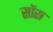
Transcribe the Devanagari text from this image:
सोंस